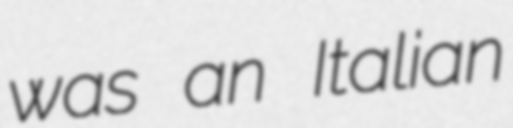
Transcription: was an Italian